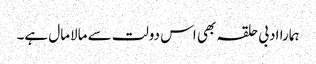
ہمارا ادبی حلقہ بھی اس دولت سے مالامال ہے۔